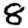
Digit: 8